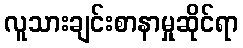
လူသားချင်းစာနာမှုဆိုင်ရာ